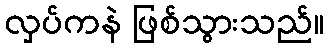
လှပ်ကနဲ ဖြစ်သွားသည်။